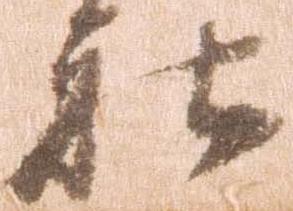
社